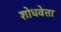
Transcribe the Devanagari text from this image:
शोधवेत्ता